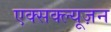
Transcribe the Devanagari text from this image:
एक्सक्ल्यूज़न